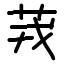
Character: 茙